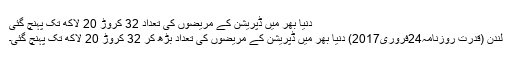
دنیا بھر میں ڈپریشن کے مریضوں کی تعداد 32 کروڑ 20 لاکھ تک پہنچ گئی
لندن (قدرت روزنامہ24فروری2017) دنیا بھر میں ڈپریشن کے مریضوں کی تعداد بڑھ کر 32 کروڑ 20 لاکھ تک پہنچ گئی۔